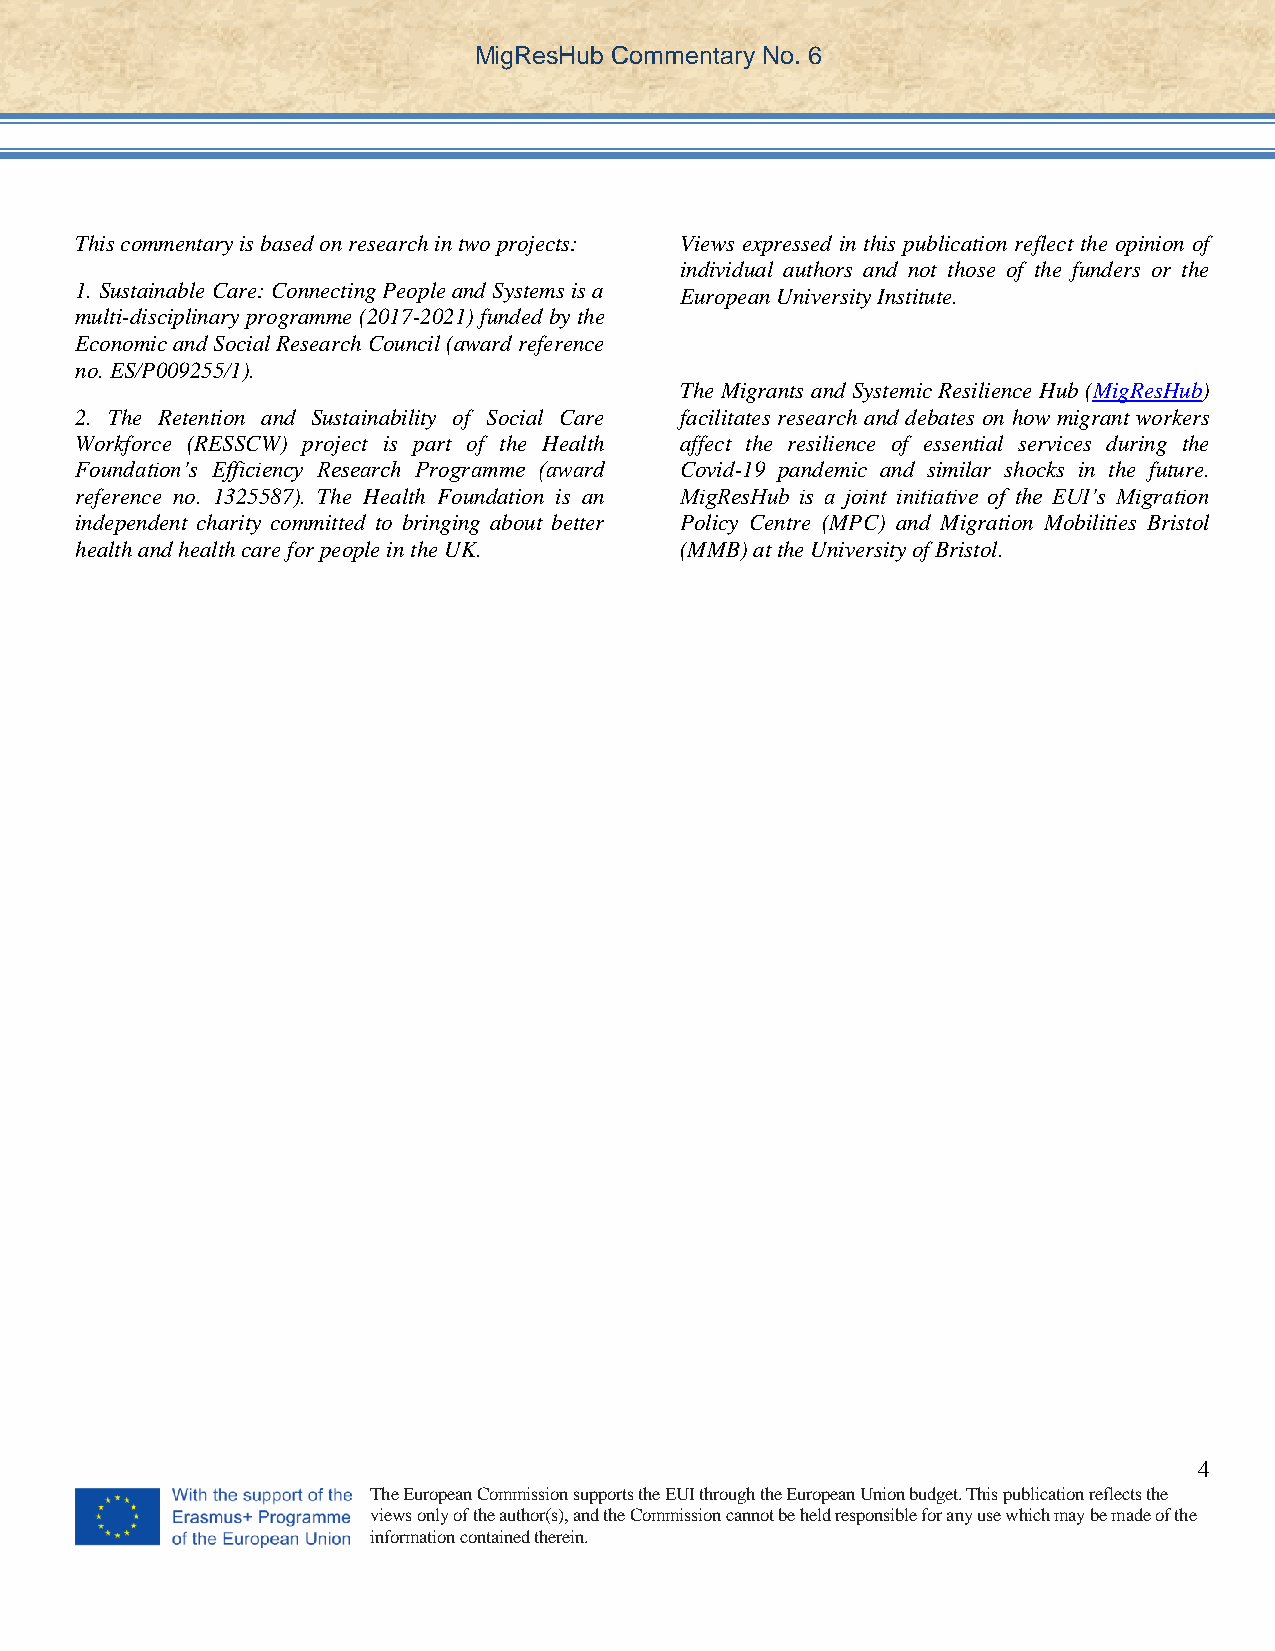
MigResHub Commentary No. 6
 This commentary is based on research in two projects: Views expressed in this publication reflect the opinion of
 individual authors and not those of the funders or the
 1. Sustainable Care: Connecting People and Systems is a European University Institute.
 multi-disciplinary programme (2017-2021) funded by the
 Economic and Social Research Council (award reference
 no. ES/P009255/1).
 The Migrants and Systemic Resilience Hub (MigResHub)
 2. The Retention and Sustainability of Social Care facilitates research and debates on how migrant workers
 Workforce (RESSCW) project is part of the Health affect the resilience of essential services during the
 Foundation’s Efficiency Research Programme (award Covid-19 pandemic and similar shocks in the future.
 reference no. 1325587). The Health Foundation is an MigResHub is a joint initiative of the EUI’s Migration
 independent charity committed to bringing about better Policy Centre (MPC) and Migration Mobilities Bristol
 health and health care for people in the UK. (MMB) at the University of Bristol.
 4
 The European Commission supports the EUI through the European Union budget. This publication reflects the
 views only of the author(s), and the Commission cannot be held responsible for any use which may be made of the
 information contained therein.